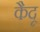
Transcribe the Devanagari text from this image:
कैदू